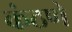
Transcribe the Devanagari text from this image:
कंठणे